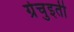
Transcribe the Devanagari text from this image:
ग्रेचुइती